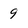
Character: 9